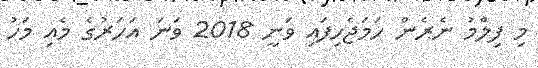
މި ފިލްމު ނެރެން ހަމަޖެހިފައި ވަނީ 2018 ވަނަ އަހަރުގެ މެއި މަހު